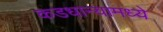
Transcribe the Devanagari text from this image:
कडधान्यामध्ये